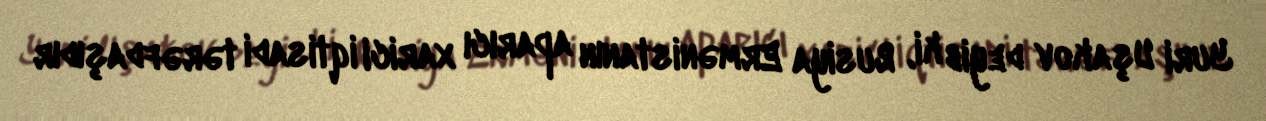
Yuri Uşakov deyib ki, Rusiya Ermənistanın aparıcı xarici iqtisadi tərəfdaşıdır